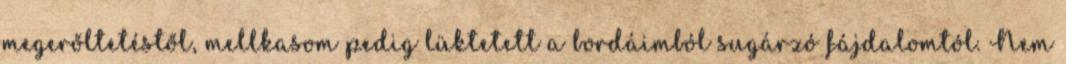
megerőltetéstől, mellkasom pedig lüktetett a bordáimból sugárzó fájdalomtól. Nem